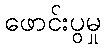
ဖောင်းပွမှု